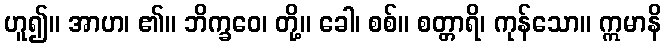
ဟူ၍။ အာဟ၊ ၏။ ဘိက္ခဝေ၊ တို့။ ခေါ၊ စစ်။ စတ္တာရိ၊ ကုန်သော။ ဣမာနိ